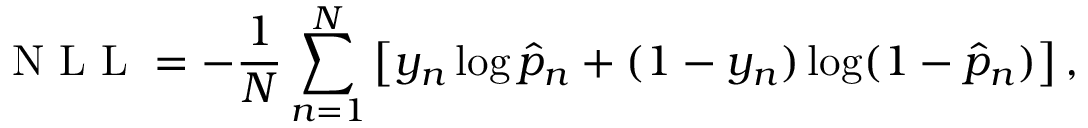
\mathrm { ~ N ~ L ~ L ~ } = - \frac { 1 } { N } \sum _ { n = 1 } ^ { N } \left[ y _ { n } \log \hat { p } _ { n } + ( 1 - y _ { n } ) \log ( 1 - \hat { p } _ { n } ) \right] ,